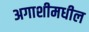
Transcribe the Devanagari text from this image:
अगाशीमधील